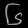
Digit: ၆